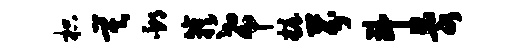
枳莫邳簇希妆芬斗乱